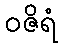
ဝဇိရံ